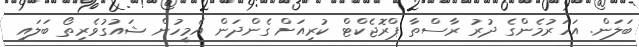
ބަލަން. އަހަރުމެންގެ ދުރު ރާސްތާ ޕްރޮޖެކްޓް ކުރިއަށް ގެންދަން އެމީހުން ޝައުގުވެރިތޯ ބަލައި